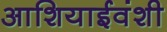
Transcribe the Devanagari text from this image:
आशियाईवंशी